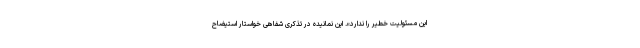
این مسئولیت خطیر را ندارد». این نمانیده در تذکری شفاهی خواستار استیضاح